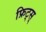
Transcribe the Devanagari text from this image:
फ्रिट्स्